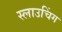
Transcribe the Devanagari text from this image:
स्लाउचिंग